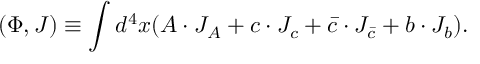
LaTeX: ( \Phi , J ) \equiv \int d ^ { 4 } x ( A \cdot J _ { A } + c \cdot J _ { c } + \bar { c } \cdot J _ { \bar { c } } + b \cdot J _ { b } ) .